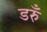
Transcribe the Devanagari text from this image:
डरुँ